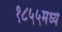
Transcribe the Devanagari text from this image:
१८५५मध्ये